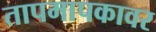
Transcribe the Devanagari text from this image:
तापमापकावर